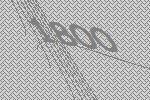
1800